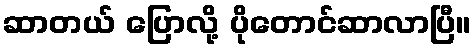
ဆာတယ် ပြောလို့ ပိုတောင်ဆာလာပြီ။